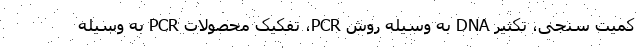
کمیت سنجی، تکثیر DNA به وسیله روش PCR، تفکیک محصولات PCR به وسیله